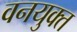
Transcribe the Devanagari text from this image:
वनयुक्त